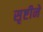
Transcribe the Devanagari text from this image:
सृष्टीने